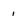
Character: i